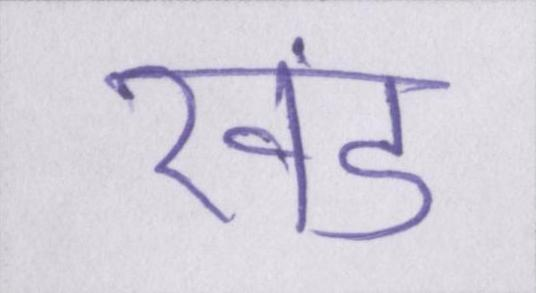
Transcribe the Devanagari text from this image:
खंड